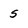
Character: 5